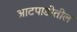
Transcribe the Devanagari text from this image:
आटपाडीतील